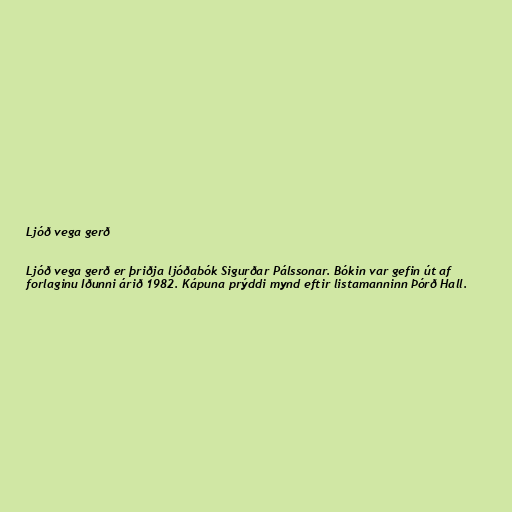
Ljóð vega gerð

Ljóð vega gerð er þriðja ljóðabók Sigurðar Pálssonar. Bókin var gefin út af
forlaginu Iðunni árið 1982. Kápuna prýddi mynd eftir listamanninn Þórð Hall.